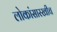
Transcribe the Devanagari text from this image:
लोकांसारखीच